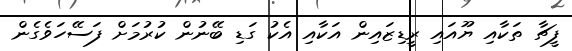
ފީޗާ ތަކާއި ޔޫއައި ރީޑިޒައިން އަކާއި އެކު ގަޑި ބޭނުން ކުރުމަށް ފަސޭހަވެގެން